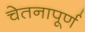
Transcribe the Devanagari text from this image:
चेतनापूर्ण